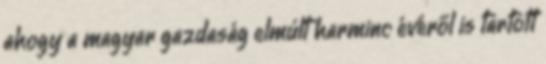
ahogy a magyar gazdaság elmúlt harminc évéről is tartott